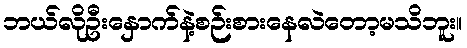
ဘယ်လိုဦးနှောက်နဲ့စဉ်းစားနေလဲတော့မသိဘူး။